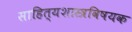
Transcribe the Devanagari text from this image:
साहित्यशास्त्रविषयक